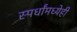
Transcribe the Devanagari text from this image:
स्पर्धांमध्येही